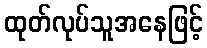
ထုတ်လုပ်သူအနေဖြင့်